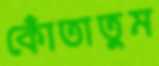
কোঁতাতুম